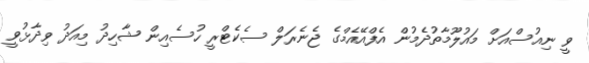
ވީ ނިއުސްއަށް މައުލޫމާތުދެމުން އެފްއޭއެމްގެ ޖެނެރަލް ސެކެޓްރީ ހުސެއިން ޝާހިދު މިއަދު ވިދާޅުވީ